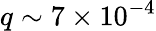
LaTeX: q\sim 7\times 10^{-4}